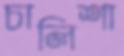
চালিশা